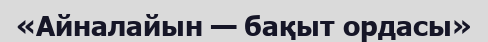
«Айналайын — бақыт ордасы»